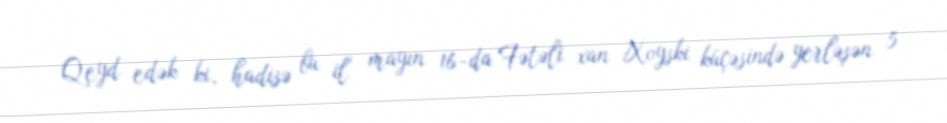
Qeyd edək ki, hadisə bu il mayın 16-da Fətəli xan Xoyski küçəsində yerləşən 5